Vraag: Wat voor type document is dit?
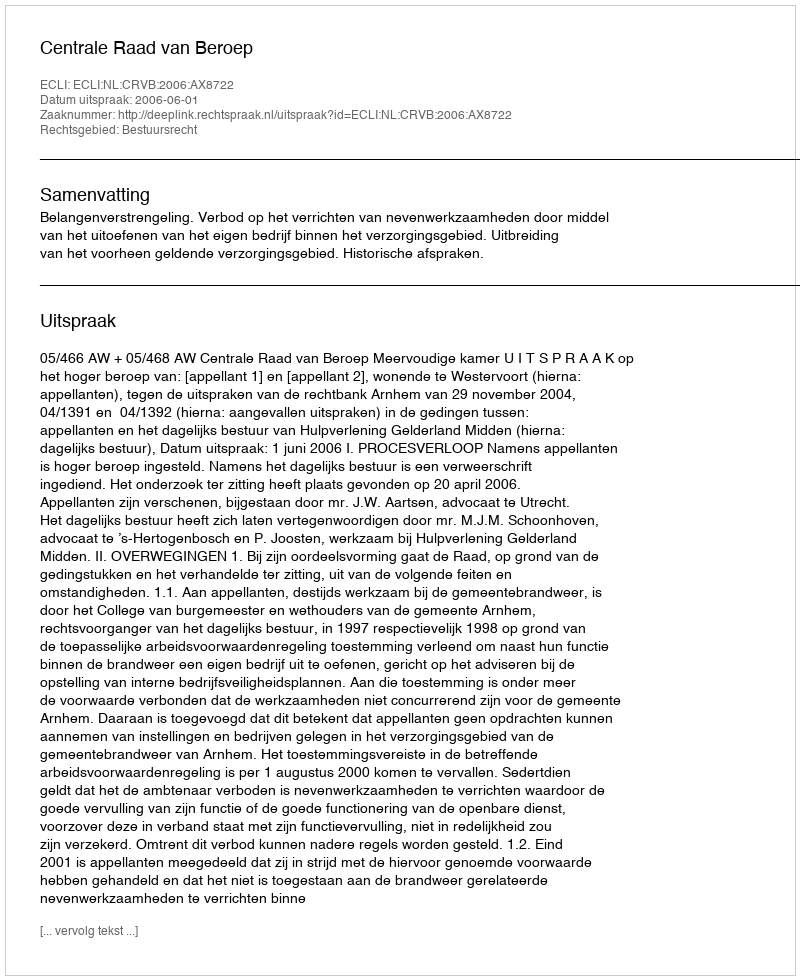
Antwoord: Uitspraak